Annual report on the Civil Veterinary Department, Burma (including the Insein Veterinary School) - 1932-1941
Year: 1932
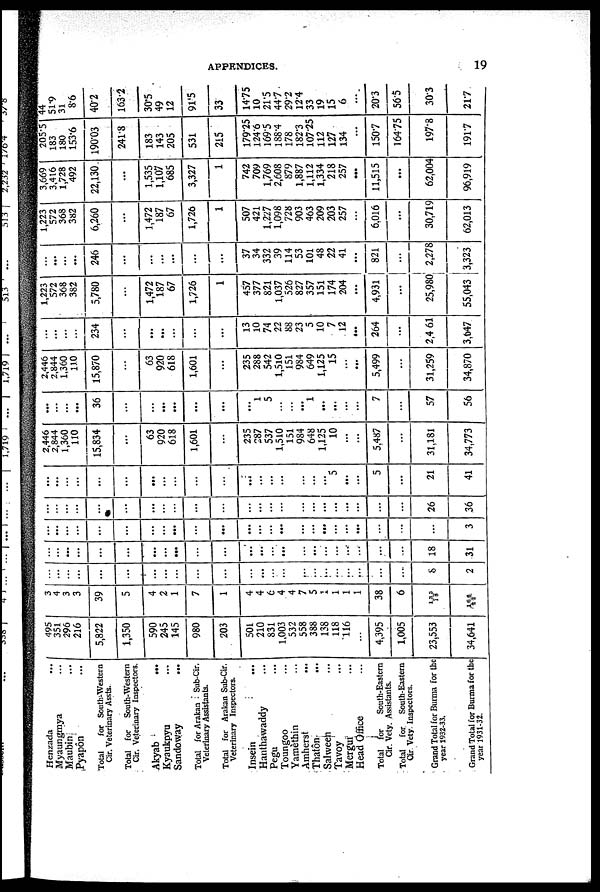
APPENDICES.
19
Henzada ...
Myaungmya ...
Maubin ...
Pyapôn ...
Total
for South-Western
Cir. Veterinary Assts.
Total for South-Western
Cir. Veterinary Inspectors.
Akyab ...
Kyaukpyu ...
Sandoway
...
Total for Arakan Sub-Cir.
Veterinary Assistants.
Total for Arakan Sub-Cir.
Veterinary Inspectors.
Insein ...
Hanthawaddy ...
Pegu ...
Toungoo ...
Yamethin ...
Amherst ...
Thatôn ...
Salween ...
Tavoy ...
Mergui ...
Head Office ...
Total for
South-Eastern
Cir. Vety. Assistants.
Total for South-Eastern
Cir Vety Inspectors.
Grand Total for Burma for the
year 1932-33.
Grand Total for Burma for the
year 1931-32.
495
351
296
216
5,822
1,350
590
345
145
980
203
501
210
831
1 003
532
558
388
138
118
116
...
4,395
1,005
23,553
34,641
3
4
3
3
39
5
4
2
1
7
1
4
4
6
4
4
7
5
1
1
1
1
38
6
133
18
166
22
...
...
...
... ...
...
...
...
...
...
...
...
...
...
...
...
...
...
...
...
...
...
...
5
2
...
...
... ...
...
...
...
...
...
...
...
...
...
...
...
...
...
...
...
...
...
...
...
18
31
...
...
...
...
...
...
...
...
...
...
...
...
...
...
...
...
...
...
...
...
...
...
...
...
3
...
...
...
...
...
...
...
...
...
...
...
...
...
...
...
...
...
...
...
...
...
...
...
26
36
...
...
...
...
...
...
...
...
...
...
...
...
...
...
...
...
...
...
5
...
...
5
...
21
41
2,446
2,844
1,360
110
15,834
...
63
920
618
1,601
...
235
287
537
1,510
151
984
648
1,125
10
...
...
5,487
...
31,181
34,773
...
...
...
...
36
...
...
...
...
...
...
...
1
5
...
...
...
1
...
...
...
...
7
...
57
56
2,446
2,844
1,360
110
15,870
...
63
920
618
1,601
...
235
288
542
1,510
151
984
649
1,125
15
...
...
5,499
...
31,259
34,870
...
...
...
...
234
...
...
...
...
...
...
13
10
74
22
88
23
5
10
7
12
...
264
...
2,4 61
3,647
1,223
572
368
382
5,780
...
1,472
187
67
1,726
1
457
377
821
1,037
526
827
357
151
174
204
...
4,931
...
25,980
55,043
...
...
...
...
246
...
...
...
...
...
...
37
34
332
39
114
53
101
48
22
41
...
821
...
2,278
3,323
1,223
572
368
382
6,260
...
1,472
187
67
1,726
1
507
421
1,227
1,098
728
903
463
209
203
257
...
6,016
...
30,719
62,013
3,669
3,416
1,728
492
22,130.
...
1,535
1,107
685
3,327
1
742
709
1,769
2,608
879
1,887
1,112
1,334
218
257
...
11,515
...
62,004
96,919
205.51
183
180
153.6
190.03
241.8
183
143
205
531
215
179.25
124.6
169.5
188.4
178
182.3
107.25
112
127
134
...
1507
164.75
197.8
191.7
44
51.9
31
8.6
40.2
163.2
30.5
49
12
91'5
33
14.75
10
21.5
44.7
29.2
12.4
33
19
15
6
...
20.3
56.5
303
217